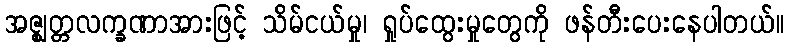
အဇ္ဈတ္တလက္ခဏာအားဖြင့် သိမ်ငယ်မှု၊ ရှုပ်ထွေးမှုတွေကို ဖန်တီးပေးနေပါတယ်။